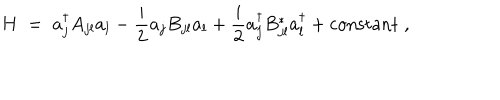
H \; = \; a _ { j } ^ { \dagger } A _ { j l } a _ { l } - \frac { i } { 2 } a _ { j } B _ { j l } a _ { l } + \frac { i } { 2 } a _ { j } ^ { \dagger } B _ { j l } ^ { * } a _ { l } ^ { \dagger } + \mathrm { c o n s t a n t } \; ,